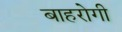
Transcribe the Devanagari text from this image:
बाहरोगी